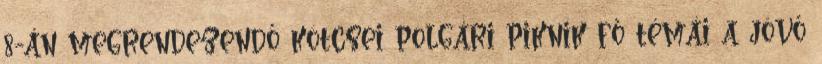
8-án megrendezendő kötcsei polgári piknik fő témái a jövő